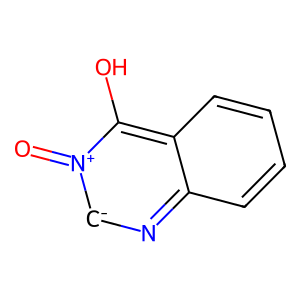
SMILES: O=[n+]1[cH-]nc2ccccc2c1O
Inhibits HIV replication: No